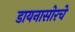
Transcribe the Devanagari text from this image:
डायनासोरचे